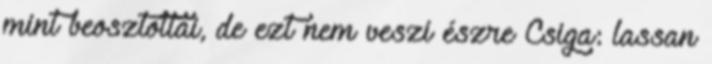
mint beosztottai, de ezt nem veszi észre Csiga: lassan